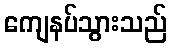
ကျေနပ်သွားသည်